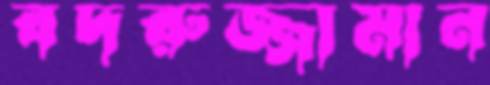
বদরুজ্জামান